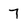
Character: 7